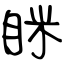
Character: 眯